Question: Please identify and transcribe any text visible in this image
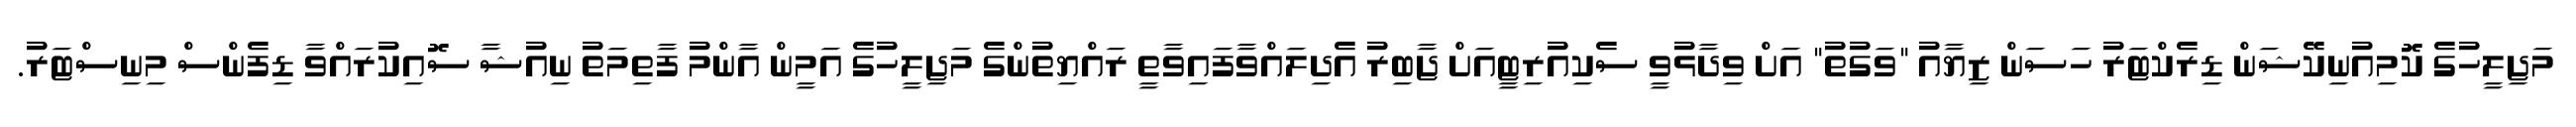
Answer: މަޖިލީހުގެ ކޮމިއުނިކޭޝަން ޑިރެކްޓަރު ހަސަން ޒިޔާއު "ވަގުތު" އަށް ވިދާޅުވީ ސެކިއުރިޓީއަށް ޖާބިރު އެދިލައްވާފައިވާތީ ރައްޔިތުންގެ މަޖިލީހުގެ އަމީން އާންމު ފާތިމަތު ނިއުޝާ ސޮއިކުރައްވާ ޑިފެންސް މިނިސްޓަރު.